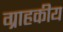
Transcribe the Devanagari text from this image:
ग्राहकीय